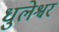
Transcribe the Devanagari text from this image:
धुलेश्वर